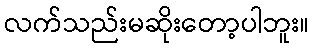
လက်သည်းမဆိုးတော့ပါဘူး။